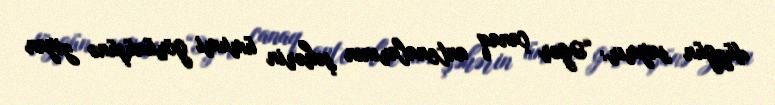
düzgün saymır: “Əgər çanaq antenalarının şəhərin ümumi görünüşünə ziyan